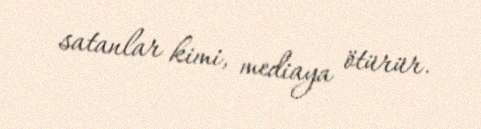
satanlar kimi, mediaya ötürür.